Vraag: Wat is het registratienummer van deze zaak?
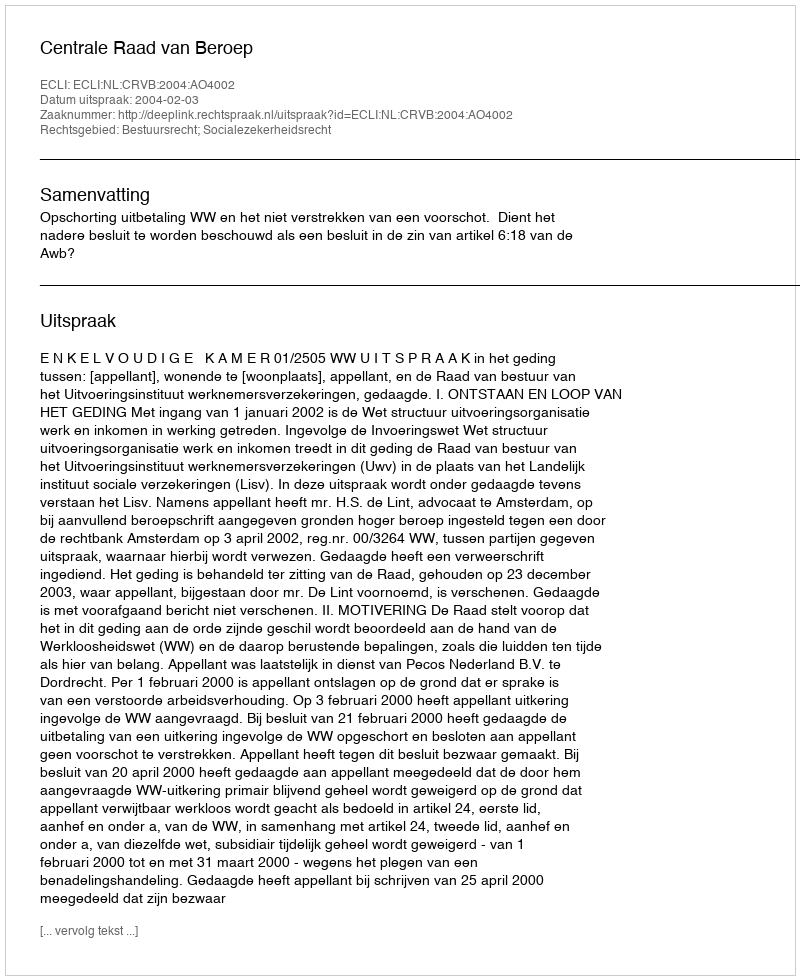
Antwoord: http://deeplink.rechtspraak.nl/uitspraak?id=ECLI:NL:CRVB:2004:AO4002